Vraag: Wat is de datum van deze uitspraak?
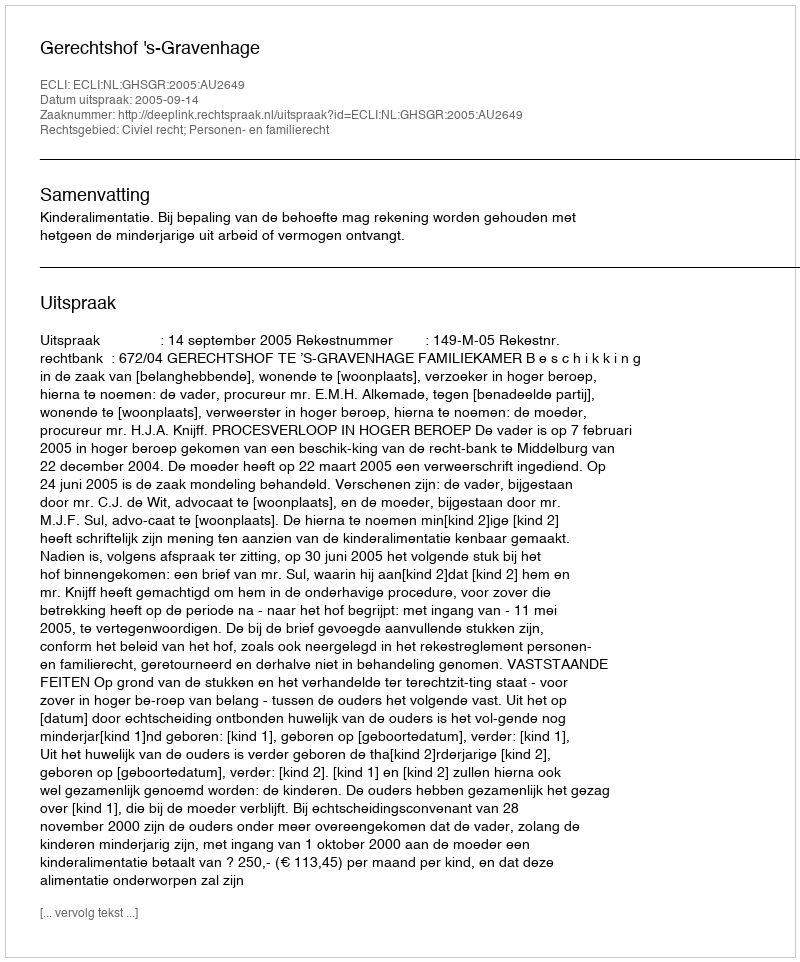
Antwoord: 2005-09-14